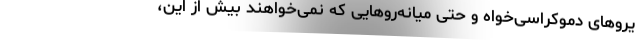
یروهای دموکراسی‌خواه و حتی میانه‌روهایی که نمی‌خواهند بیش از این،